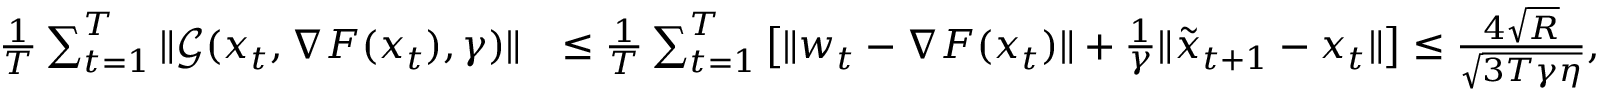
\begin{array} { r l } { \frac { 1 } { T } \sum _ { t = 1 } ^ { T } \| \mathcal { G } ( x _ { t } , \nabla F ( x _ { t } ) , \gamma ) \| } & { \leq \frac { 1 } { T } \sum _ { t = 1 } ^ { T } \big [ \| w _ { t } - \nabla F ( x _ { t } ) \| + \frac { 1 } { \gamma } \| \tilde { x } _ { t + 1 } - x _ { t } \| \big ] \leq \frac { 4 \sqrt { R } } { \sqrt { 3 T \gamma \eta } } , } \end{array}